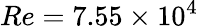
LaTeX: Re=7.55\times 10^{4}